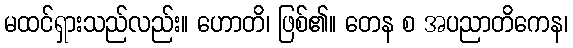
မထင်ရှားသည်လည်း။ ဟောတိ၊ ဖြစ်၏။ တေန စ အပညာတိကေန၊